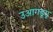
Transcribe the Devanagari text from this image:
उआगडूगू